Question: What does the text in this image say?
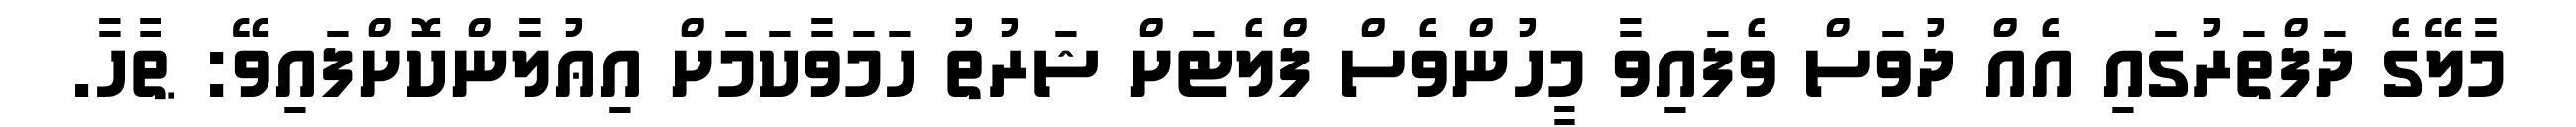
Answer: މާލޭގެ ދަފްތަރުގައި އެއް ދުވަސް ވެފައިވާ މީހުންވެސް ފްލެޓަށް ޝަރުތު ހަމަވާކަމަށް އިޢުލާންކޮށްފައިވޭ: ޠާހާ.